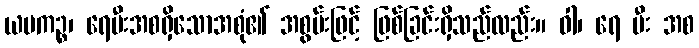
ယမကဉ္စ၊ ရေမီးအစရှိသောအစုံ၏ အစွမ်းဖြင့် ဖြစ်ခြင်းရှိသည်လည်း။ ဝါ၊ ရေ မီး အစ